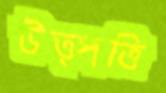
উত্পত্তি